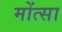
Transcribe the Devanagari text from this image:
मोंत्सा